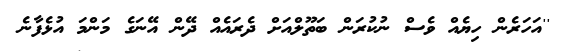
''އަހަރެން ހިޔެއް ވެސް ނުކުރަން ބަތޫލްއަށް ދެރައެއް ދޭން އޭނަގެ މަންމަ އުޅެފާނެ